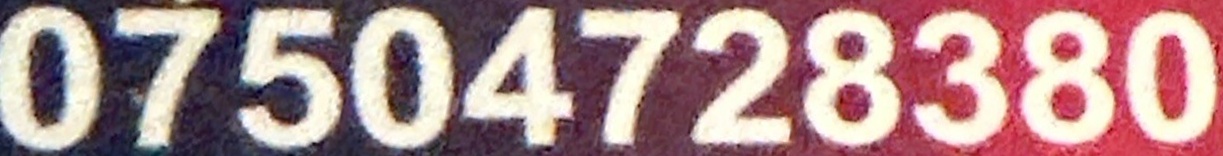
07504728380